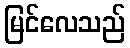
မြင်လေသည်